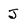
Character: j